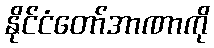
နိုင်ငံတော်အာဏာကို